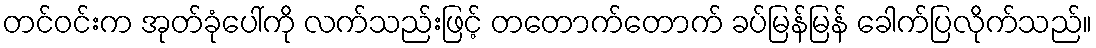
တင်ဝင်းက အုတ်ခုံပေါ်ကို လက်သည်းဖြင့် တတောက်တောက် ခပ်မြန်မြန် ခေါက်ပြလိုက်သည်။